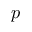
p